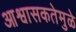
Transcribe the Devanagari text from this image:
आश्वासकतेमुळे